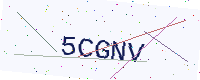
Text: 5CGNV